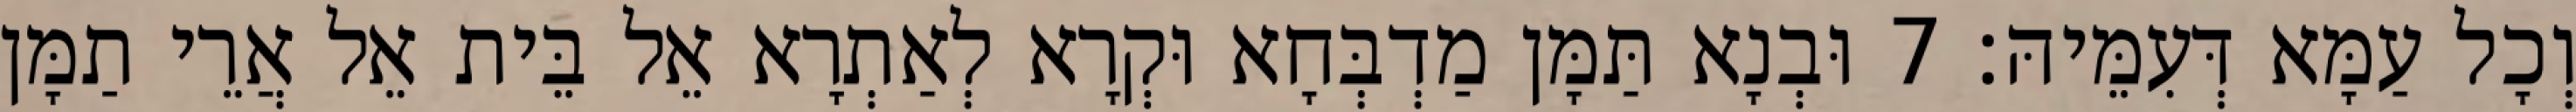
וְכָל עַמָּא דְּעִמֵּיהּ׃ 7 וּבְנָא תַּמָּן מַדְבְּחָא וּקְרָא לְאַתְרָא אֵל בֵּית אֵל אֲרֵי תַמָּן